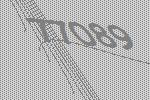
77089